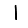
Digit: 1